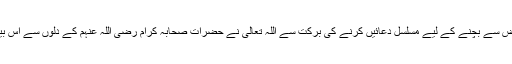
رات دن بزدلی کے شر سے اللہ کی پناہ پکڑنے اور اس مرض سے بچنے کے لیے مسلسل دعائیں کرنے کی برکت سے اللہ تعالٰی نے حضرات صحابہ کرام رضی اللہ عنہم کے دلوں سے اس بیماری کو نکال دیا چنانچہ وہ روم سے ڈرے نہ فارس سے ۔